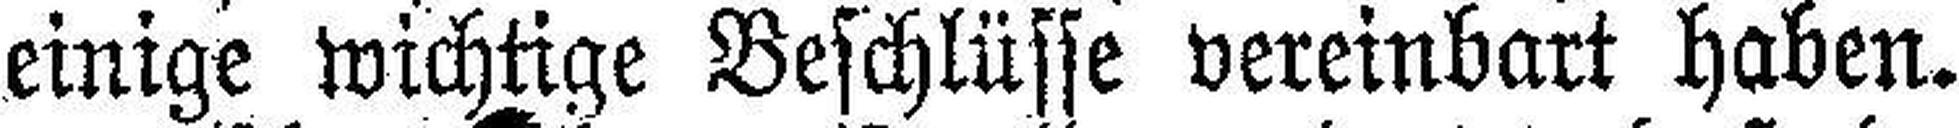
einige wichtige Beschlüsse vereinbart haben.